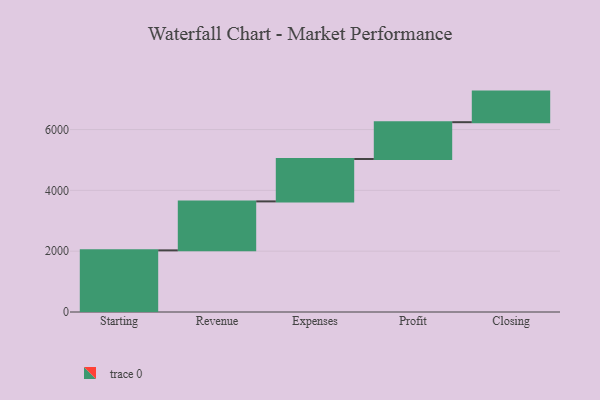
{"axis": {"x": "Step", "y": "Value"}, "legend": [""], "data": [{"x": "Starting", "y": 2027.0, "type": ""}, {"x": "Revenue", "y": 1611.0, "type": ""}, {"x": "Expenses", "y": 1395.0, "type": ""}, {"x": "Profit", "y": 1210.0, "type": ""}, {"x": "Closing", "y": 1006.0, "type": ""}]}